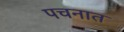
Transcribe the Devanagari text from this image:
पचनात